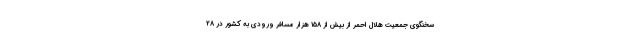
سخنگوی جمعیت هلال احمر از بیش از ۱۵۸ هزار مسافر ورودی به کشور در ۲۸